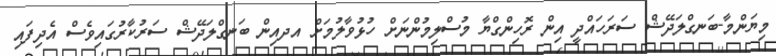
މިޔަންމާ-ބަނގްލަދޭޝް ސަރަހައްދީ އިން ރޮހިންގްޔާ މުސްލިމުންނަށް ހުޅުވާލުމަށް އދއިން ބަނގްލަދޭޝް ސަރުކާރުގައިވެސް އެދިފައި